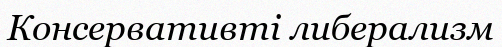
Консервативті либерализм